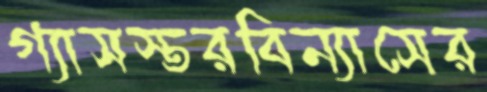
গ্যাসস্তরবিন্যাসের